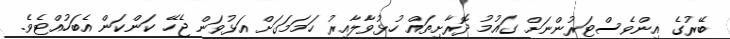
ބޭރުގެ އިންވެސްޓަރުންނަށް ގައުމު ދޮރާށިތައް ހުޅުވާލާއިރު ހަމަމަގަށް އަޅުވަން ޖެހޭ ކަންކަން އެބަހުއްޓެވެ.